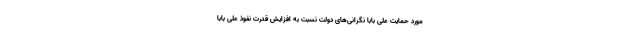
مورد حمایت علی بابا نگرانی‌های دولت نسبت به افزایش قدرت نفوذ علی بابا